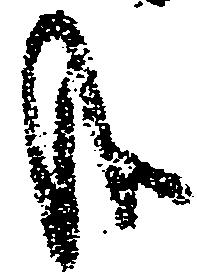
哉